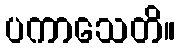
ပကာသေတိ။